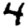
Digit: 4